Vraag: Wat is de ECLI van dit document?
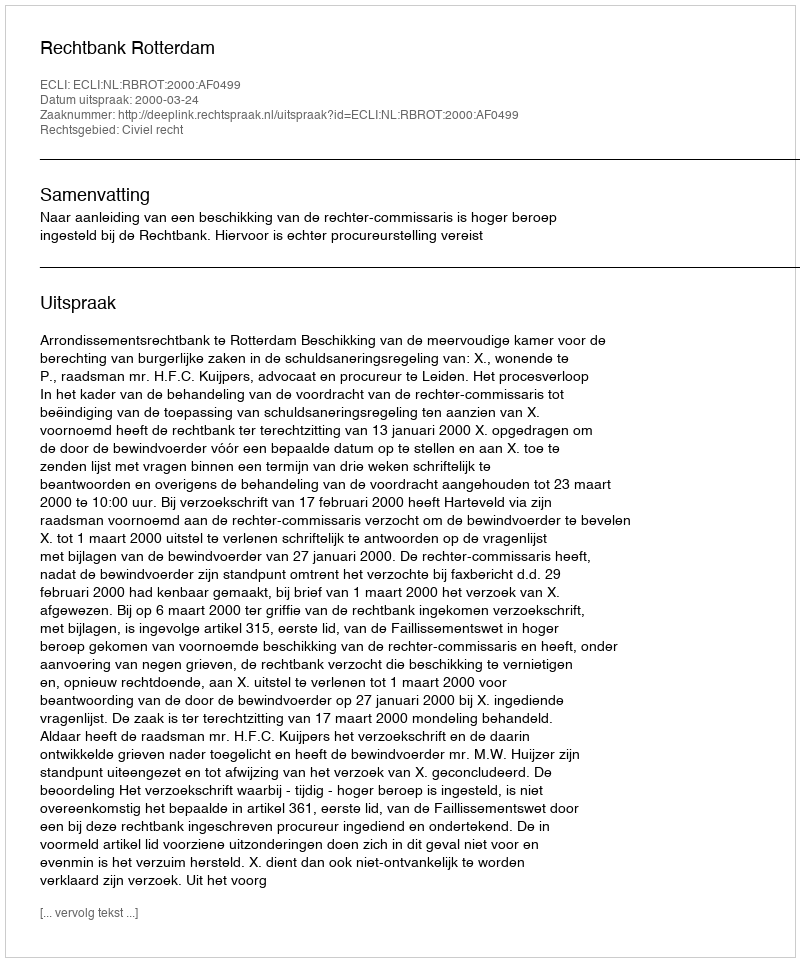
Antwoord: ECLI:NL:RBROT:2000:AF0499